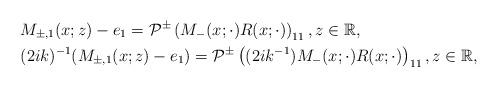
LaTeX: \begin{align*}&M_{\pm,1}(x;z)-e_1=\mathcal{P}^{\pm}\left(M_-(x ;\cdot) R(x;\cdot)\right)_{11} , z \in \mathbb{R},\\&(2ik)^{-1}(M_{\pm,1}(x;z)-e_1)=\mathcal{P}^{\pm}\left((2ik^{-1}) M_-(x ;\cdot) R(x;\cdot)\right)_{11} , z \in \mathbb{R},\end{align*}